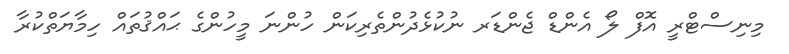
މިނިސްޓްރީ އޮފް ލޯ އެންޑް ޖެންޑަރ ނުކުޅެދުންތެރިކަން ހުންނަ މީހުންގެ ޙައްޤުތައް ހިމާޔަތްކުރާ